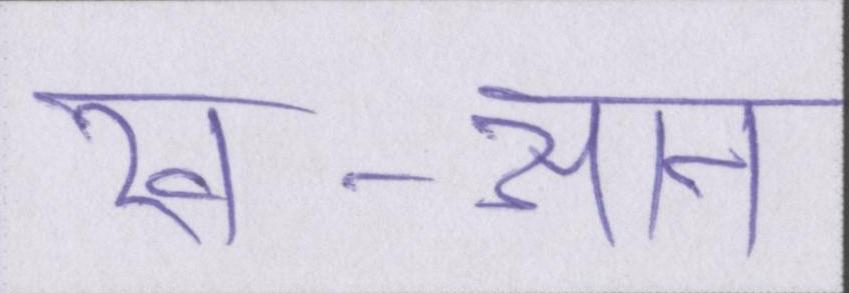
ख-आन